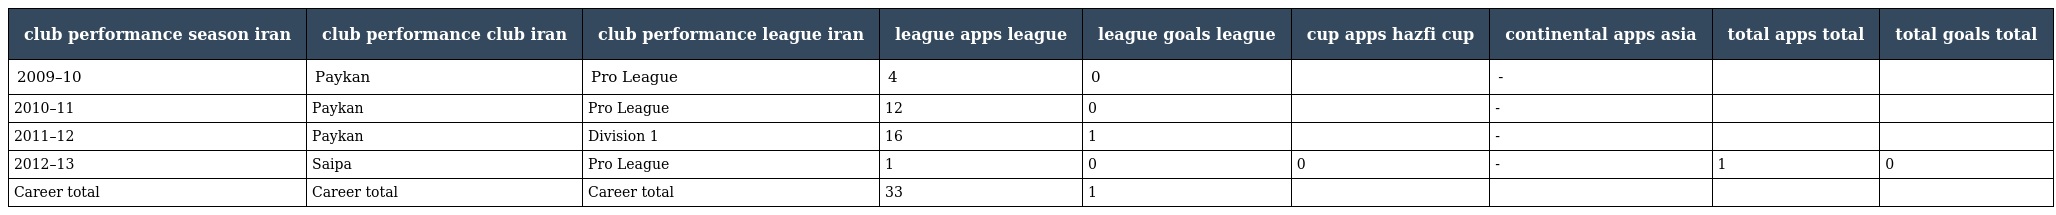
| club performance season iran | club performance club iran | club performance league iran | league apps league | league goals league | cup apps hazfi cup | continental apps asia | total apps total | total goals total |
 | --- | --- | --- | --- | --- | --- | --- | --- | --- |
 | 2009–10 | Paykan | Pro League | 4 | 0 |  | - |  |  |
 | 2010–11 | Paykan | Pro League | 12 | 0 |  | - |  |  |
 | 2011–12 | Paykan | Division 1 | 16 | 1 |  | - |  |  |
 | 2012–13 | Saipa | Pro League | 1 | 0 | 0 | - | 1 | 0 |
 | Career total | Career total | Career total | 33 | 1 |  |  |  |  |